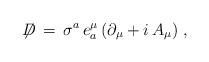
LaTeX: \begin{align*}\not \!\! D \,=\, \sigma^a \, e^{\mu}_a \, (\partial_{\mu} + i \,A_{\mu}) \;,\end{align*}